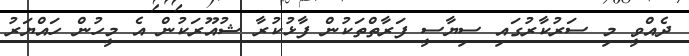
ދެއްވީ މި ސަރުކާރުގައި ސިޔާސީ ފަރާތްތަކުން ފާޅުކުރާ ޝުއޫރަކުން އެ މީހުން ހައްޔަރު